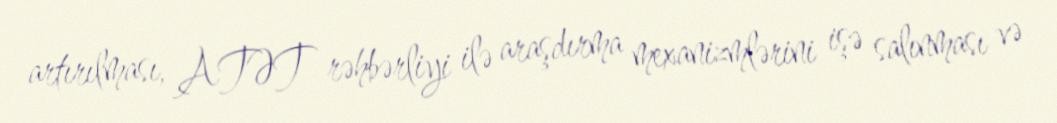
artırılması, ATƏT rəhbərliyi ilə araşdırma mexanizmlərini işə salınması və